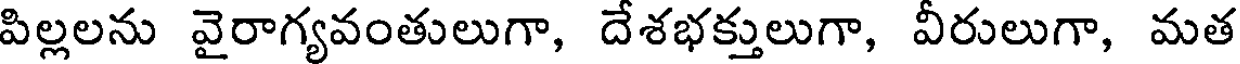
పిల్లలను వైరాగ్యవంతులుగా, దేశభక్తులుగా, వీరులుగా, మత